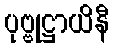
ပုဗ္ဗုဋ္ဌာယိနီ